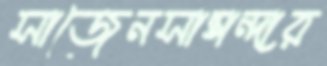
সাজেনসান্তান্দার